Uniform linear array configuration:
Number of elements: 64
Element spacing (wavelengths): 0.5
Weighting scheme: hann
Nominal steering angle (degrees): -15
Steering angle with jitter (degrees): -16.199
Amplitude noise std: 0.05
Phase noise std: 0.05

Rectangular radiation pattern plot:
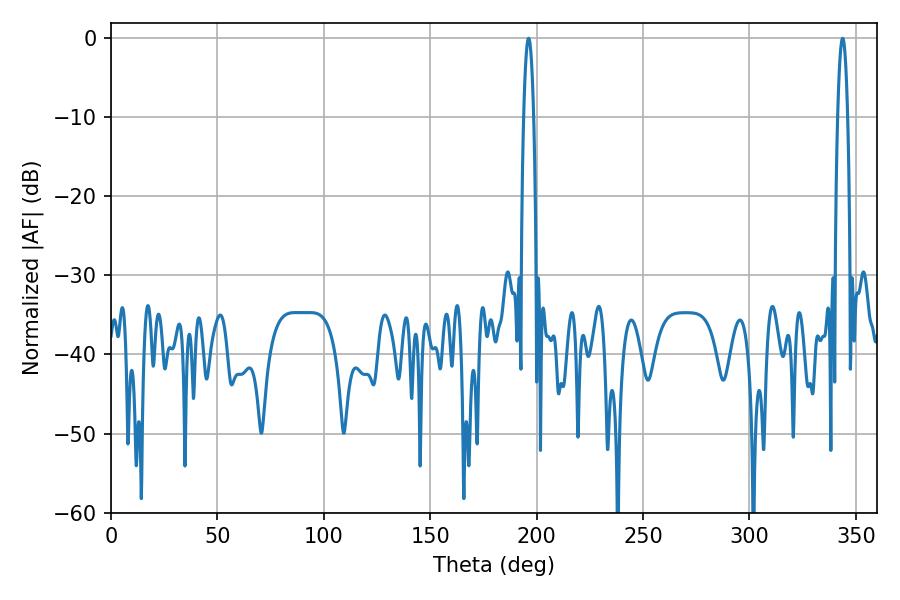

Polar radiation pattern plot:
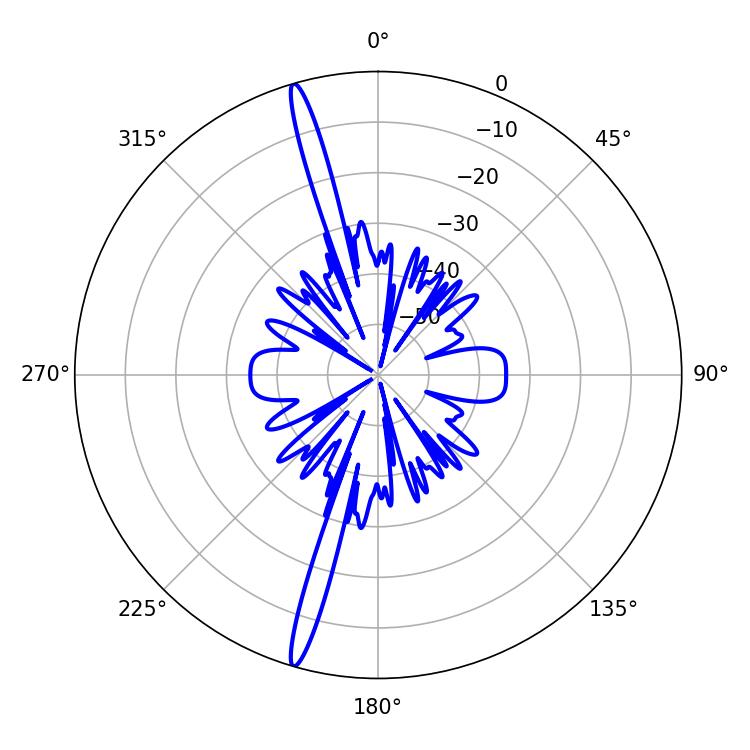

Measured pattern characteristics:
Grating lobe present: FALSE
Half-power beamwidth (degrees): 2.52
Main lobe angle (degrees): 196.2